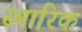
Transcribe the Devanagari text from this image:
स्मारिक